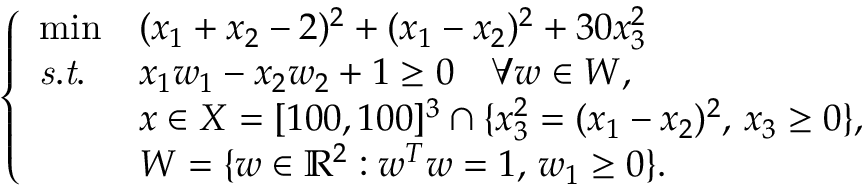
\left\{ \begin{array} { l l l } { \operatorname* { m i n } } & { ( x _ { 1 } + x _ { 2 } - 2 ) ^ { 2 } + ( x _ { 1 } - x _ { 2 } ) ^ { 2 } + 3 0 x _ { 3 } ^ { 2 } } \\ { \mathit { s . t . } } & { x _ { 1 } w _ { 1 } - x _ { 2 } w _ { 2 } + 1 \geq 0 \quad \forall w \in W , } \\ & { x \in X = [ 1 0 0 , 1 0 0 ] ^ { 3 } \cap \{ x _ { 3 } ^ { 2 } = ( x _ { 1 } - x _ { 2 } ) ^ { 2 } , \, x _ { 3 } \geq 0 \} , } \\ & { W = \{ w \in \mathbb { R } ^ { 2 } : w ^ { T } w = 1 , \, w _ { 1 } \geq 0 \} . } \end{array} \right.